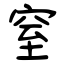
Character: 窒